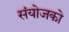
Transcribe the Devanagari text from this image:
संयोजको